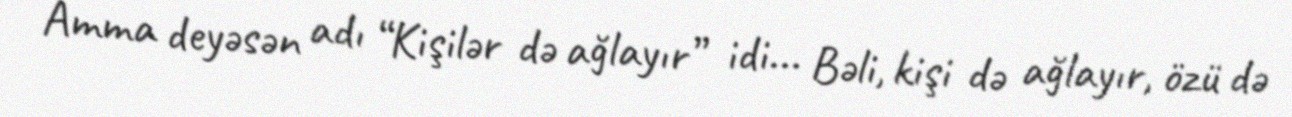
Amma deyəsən adı “Kişilər də ağlayır” idi... Bəli, kişi də ağlayır, özü də